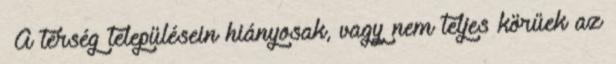
▪A térség településein hiányosak, vagy nem teljes körűek az